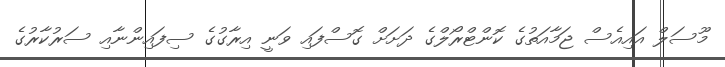
މޫސަލް އައިއެސް ޖަމާއަތުގެ ކޮންޓްރޯލްގެ ދަށަށް ގޮސްފައި ވަނީ އިރާގުގެ ސިފައިންނާއި ސަރުކާރުގެ